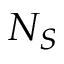
N _ { S }